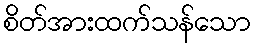
စိတ်အားထက်သန်သော